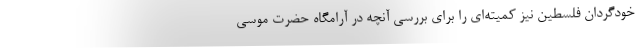
خودگردان فلسطین نیز کمیته‌ای را برای بررسی آنچه در آرامگاه حضرت موسی